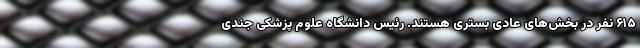
۶۱۵ نفر در بخش‌های عادی بستری هستند. رئیس دانشگاه علوم پزشکی جندی